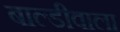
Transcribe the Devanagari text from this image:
बाल्डीवाला